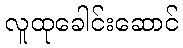
လူထုခေါင်းဆောင်